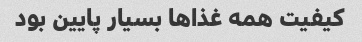
کیفیت همه غذاها بسیار پایین بود